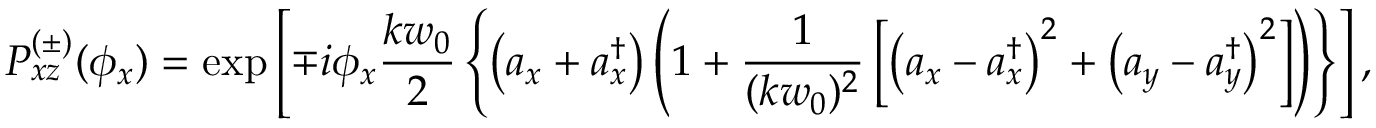
P _ { x z } ^ { ( \pm ) } ( \phi _ { x } ) = \exp \left[ \mp i \phi _ { x } \frac { k w _ { 0 } } { 2 } \left\{ \left( a _ { x } + a _ { x } ^ { \dag } \right) \left( 1 + \frac { 1 } { ( k w _ { 0 } ) ^ { 2 } } \left[ \left( a _ { x } - a _ { x } ^ { \dag } \right) ^ { 2 } + \left( a _ { y } - a _ { y } ^ { \dag } \right) ^ { 2 } \right] \right) \right\} \right] ,